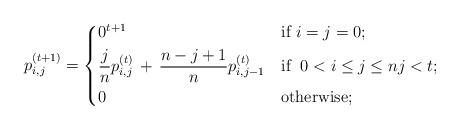
LaTeX: \begin{align*}p_{i,j}^{(t+1)} = \begin{dcases} 0^{t+1} & \mbox{if } i=j=0; \\\frac{j}{n}p_{i,j}^{(t)} \,+\, \frac{n-j+1}{n}p_{i,j-1}^{(t)} & \mbox{if }\; 0 < i \le j \le n j < t; \\ 0 & \mbox{otherwise}; \\ \end{dcases}\end{align*}